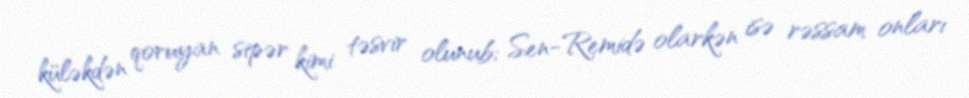
küləkdən qoruyan sipər kimi təsvir olunub; Sen-Remidə olarkən isə rəssam onları